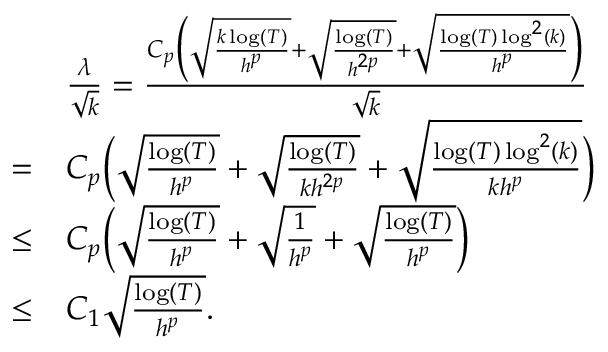
\begin{array} { r l } & { \frac { \lambda } { \sqrt { k } } = \frac { C _ { p } \Big ( \sqrt { \frac { k \log ( T ) } { h ^ { p } } } + \sqrt { \frac { \log ( T ) } { h ^ { 2 p } } } + \sqrt { \frac { \log ( T ) \log ^ { 2 } ( k ) } { h ^ { p } } } \Big ) } { \sqrt { k } } } \\ { = } & { C _ { p } \Big ( \sqrt { \frac { \log ( T ) } { h ^ { p } } } + \sqrt { \frac { \log ( T ) } { k h ^ { 2 p } } } + \sqrt { \frac { \log ( T ) \log ^ { 2 } ( k ) } { k h ^ { p } } } \Big ) } \\ { \le } & { C _ { p } \Big ( \sqrt { \frac { \log ( T ) } { h ^ { p } } } + \sqrt { \frac { 1 } { h ^ { p } } } + \sqrt { \frac { \log ( T ) } { h ^ { p } } } \Big ) } \\ { \le } & { C _ { 1 } \sqrt { \frac { \log ( T ) } { h ^ { p } } } . } \end{array}